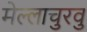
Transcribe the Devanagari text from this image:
मेल्‍लाचुरवु